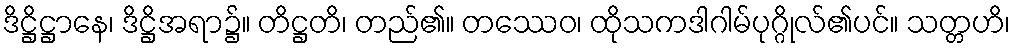
ဒိဋ္ဌိဋ္ဌာနေ၊ ဒိဋ္ဌိအရာ၌။ တိဋ္ဌတိ၊ တည်၏။ တဿေဝ၊ ထိုသကဒါဂါမ်ပုဂ္ဂိုလ်၏ပင်။ သတ္တဟိ၊